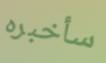
سأخبره